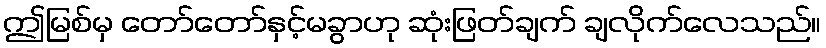
ဤမြစ်မှ တော်တော်နှင့်မခွာဟု ဆုံးဖြတ်ချက် ချလိုက်လေသည်။